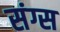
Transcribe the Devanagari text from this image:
संग्स